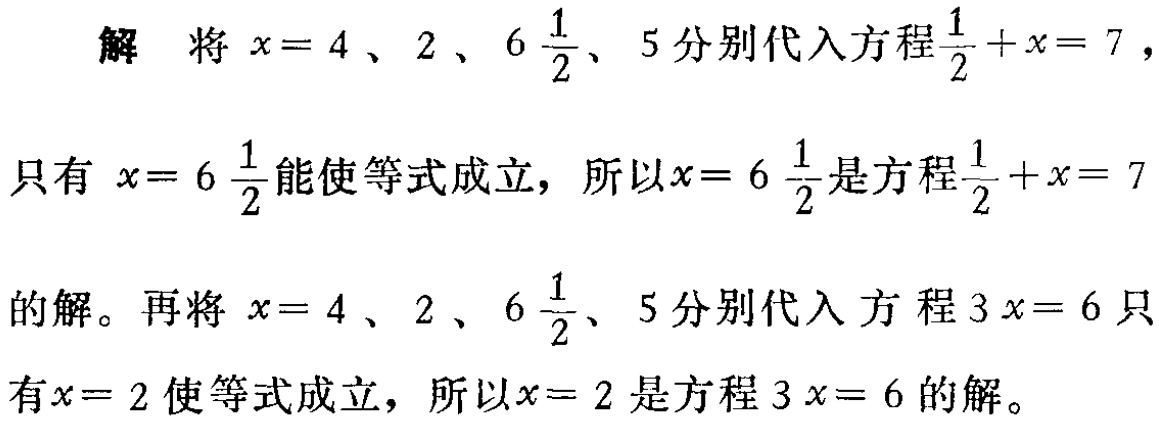
解 将 \(x = 4\)、\(2\)、\(6\frac{1}{2}\)、\(5\) 分别代入方程 \(\frac{1}{2}+x = 7\)，

只有 \(x = 6\frac{1}{2}\) 能使等式成立，所以 \(x = 6\frac{1}{2}\) 是方程 \(\frac{1}{2}+x = 7\)

的解。再将 \(x = 4\)、\(2\)、\(6\frac{1}{2}\)、\(5\) 分别代入方程 \(3x = 6\) 只

有 \(x = 2\) 使等式成立，所以 \(x = 2\) 是方程 \(3x = 6\) 的解。